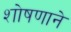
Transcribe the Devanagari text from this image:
शोषणाने